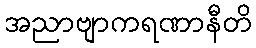
အညာဗျာကရဏာနီတိ